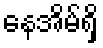
နေအိမ်ရှိ